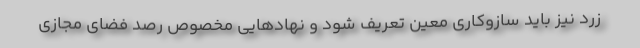
زرد نیز باید سازوکاری معین تعریف شود و نهادهایی مخصوص رصد فضای مجازی